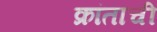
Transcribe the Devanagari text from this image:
क्रांताची